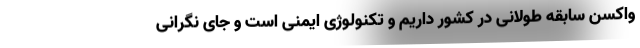
واکسن سابقه طولانی در کشور داریم و تکنولوژی ایمنی است و جای نگرانی